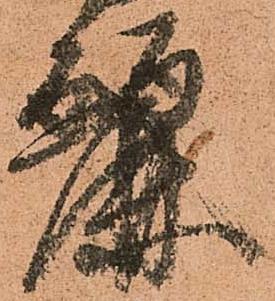
麗